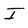
Character: I